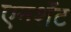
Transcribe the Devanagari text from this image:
एनशॅंट